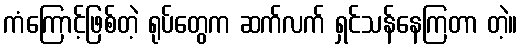
ကံကြောင့်ဖြစ်တဲ့ ရုပ်တွေက ဆက်လက် ရှင်သန်နေကြတာ တဲ့။